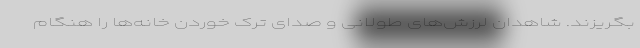
بگریزند. شاهدان لرزش‌های طولانی و صدای ترک خوردن خانه‌ها را هنگام